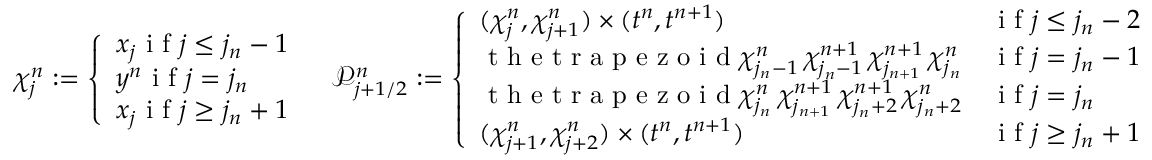
\begin{array} { r l r } & { \chi _ { j } ^ { n } : = \left\lbrace \begin{array} { l } { x _ { j } \textrm { i f } j \leq j _ { n } - 1 } \\ { y ^ { n } \textrm { i f } j = j _ { n } } \\ { x _ { j } \textrm { i f } j \geq j _ { n } + 1 } \end{array} \right. } & { \mathcal { P } _ { j + 1 / 2 } ^ { n } : = \left\lbrace \begin{array} { l l } { ( \chi _ { j } ^ { n } , \chi _ { j + 1 } ^ { n } ) \times ( t ^ { n } , t ^ { n + 1 } ) } & { \textrm { i f } j \leq j _ { n } - 2 } \\ { \textrm { t h e t r a p e z o i d } \chi _ { j _ { n } - 1 } ^ { n } \, \chi _ { j _ { n } - 1 } ^ { n + 1 } \, \chi _ { j _ { n + 1 } } ^ { n + 1 } \, \chi _ { j _ { n } } ^ { n } } & { \textrm { i f } j = j _ { n } - 1 } \\ { \textrm { t h e t r a p e z o i d } \chi _ { j _ { n } } ^ { n } \, \chi _ { j _ { n + 1 } } ^ { n + 1 } \, \chi _ { j _ { n } + 2 } ^ { n + 1 } \, \chi _ { j _ { n } + 2 } ^ { n } } & { \textrm { i f } j = j _ { n } } \\ { ( \chi _ { j + 1 } ^ { n } , \chi _ { j + 2 } ^ { n } ) \times ( t ^ { n } , t ^ { n + 1 } ) } & { \textrm { i f } j \geq j _ { n } + 1 } \end{array} \right. } \end{array}